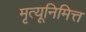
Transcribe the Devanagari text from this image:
मृत्यूनिमित्त